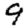
Digit: 9